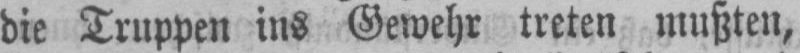
die Truppen ins Gewehr treten mußten,